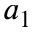
a _ { 1 }